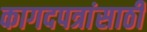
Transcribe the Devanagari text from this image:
कागदपत्रांसाठी